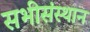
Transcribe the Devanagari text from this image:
सभीसंस्थान